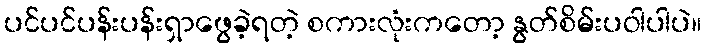
ပင်ပင်ပန်းပန်းရှာဖွေခဲ့ရတဲ့ စကားလုံးကတော့ နွတ်စိမ်းပဝါပါပဲ။